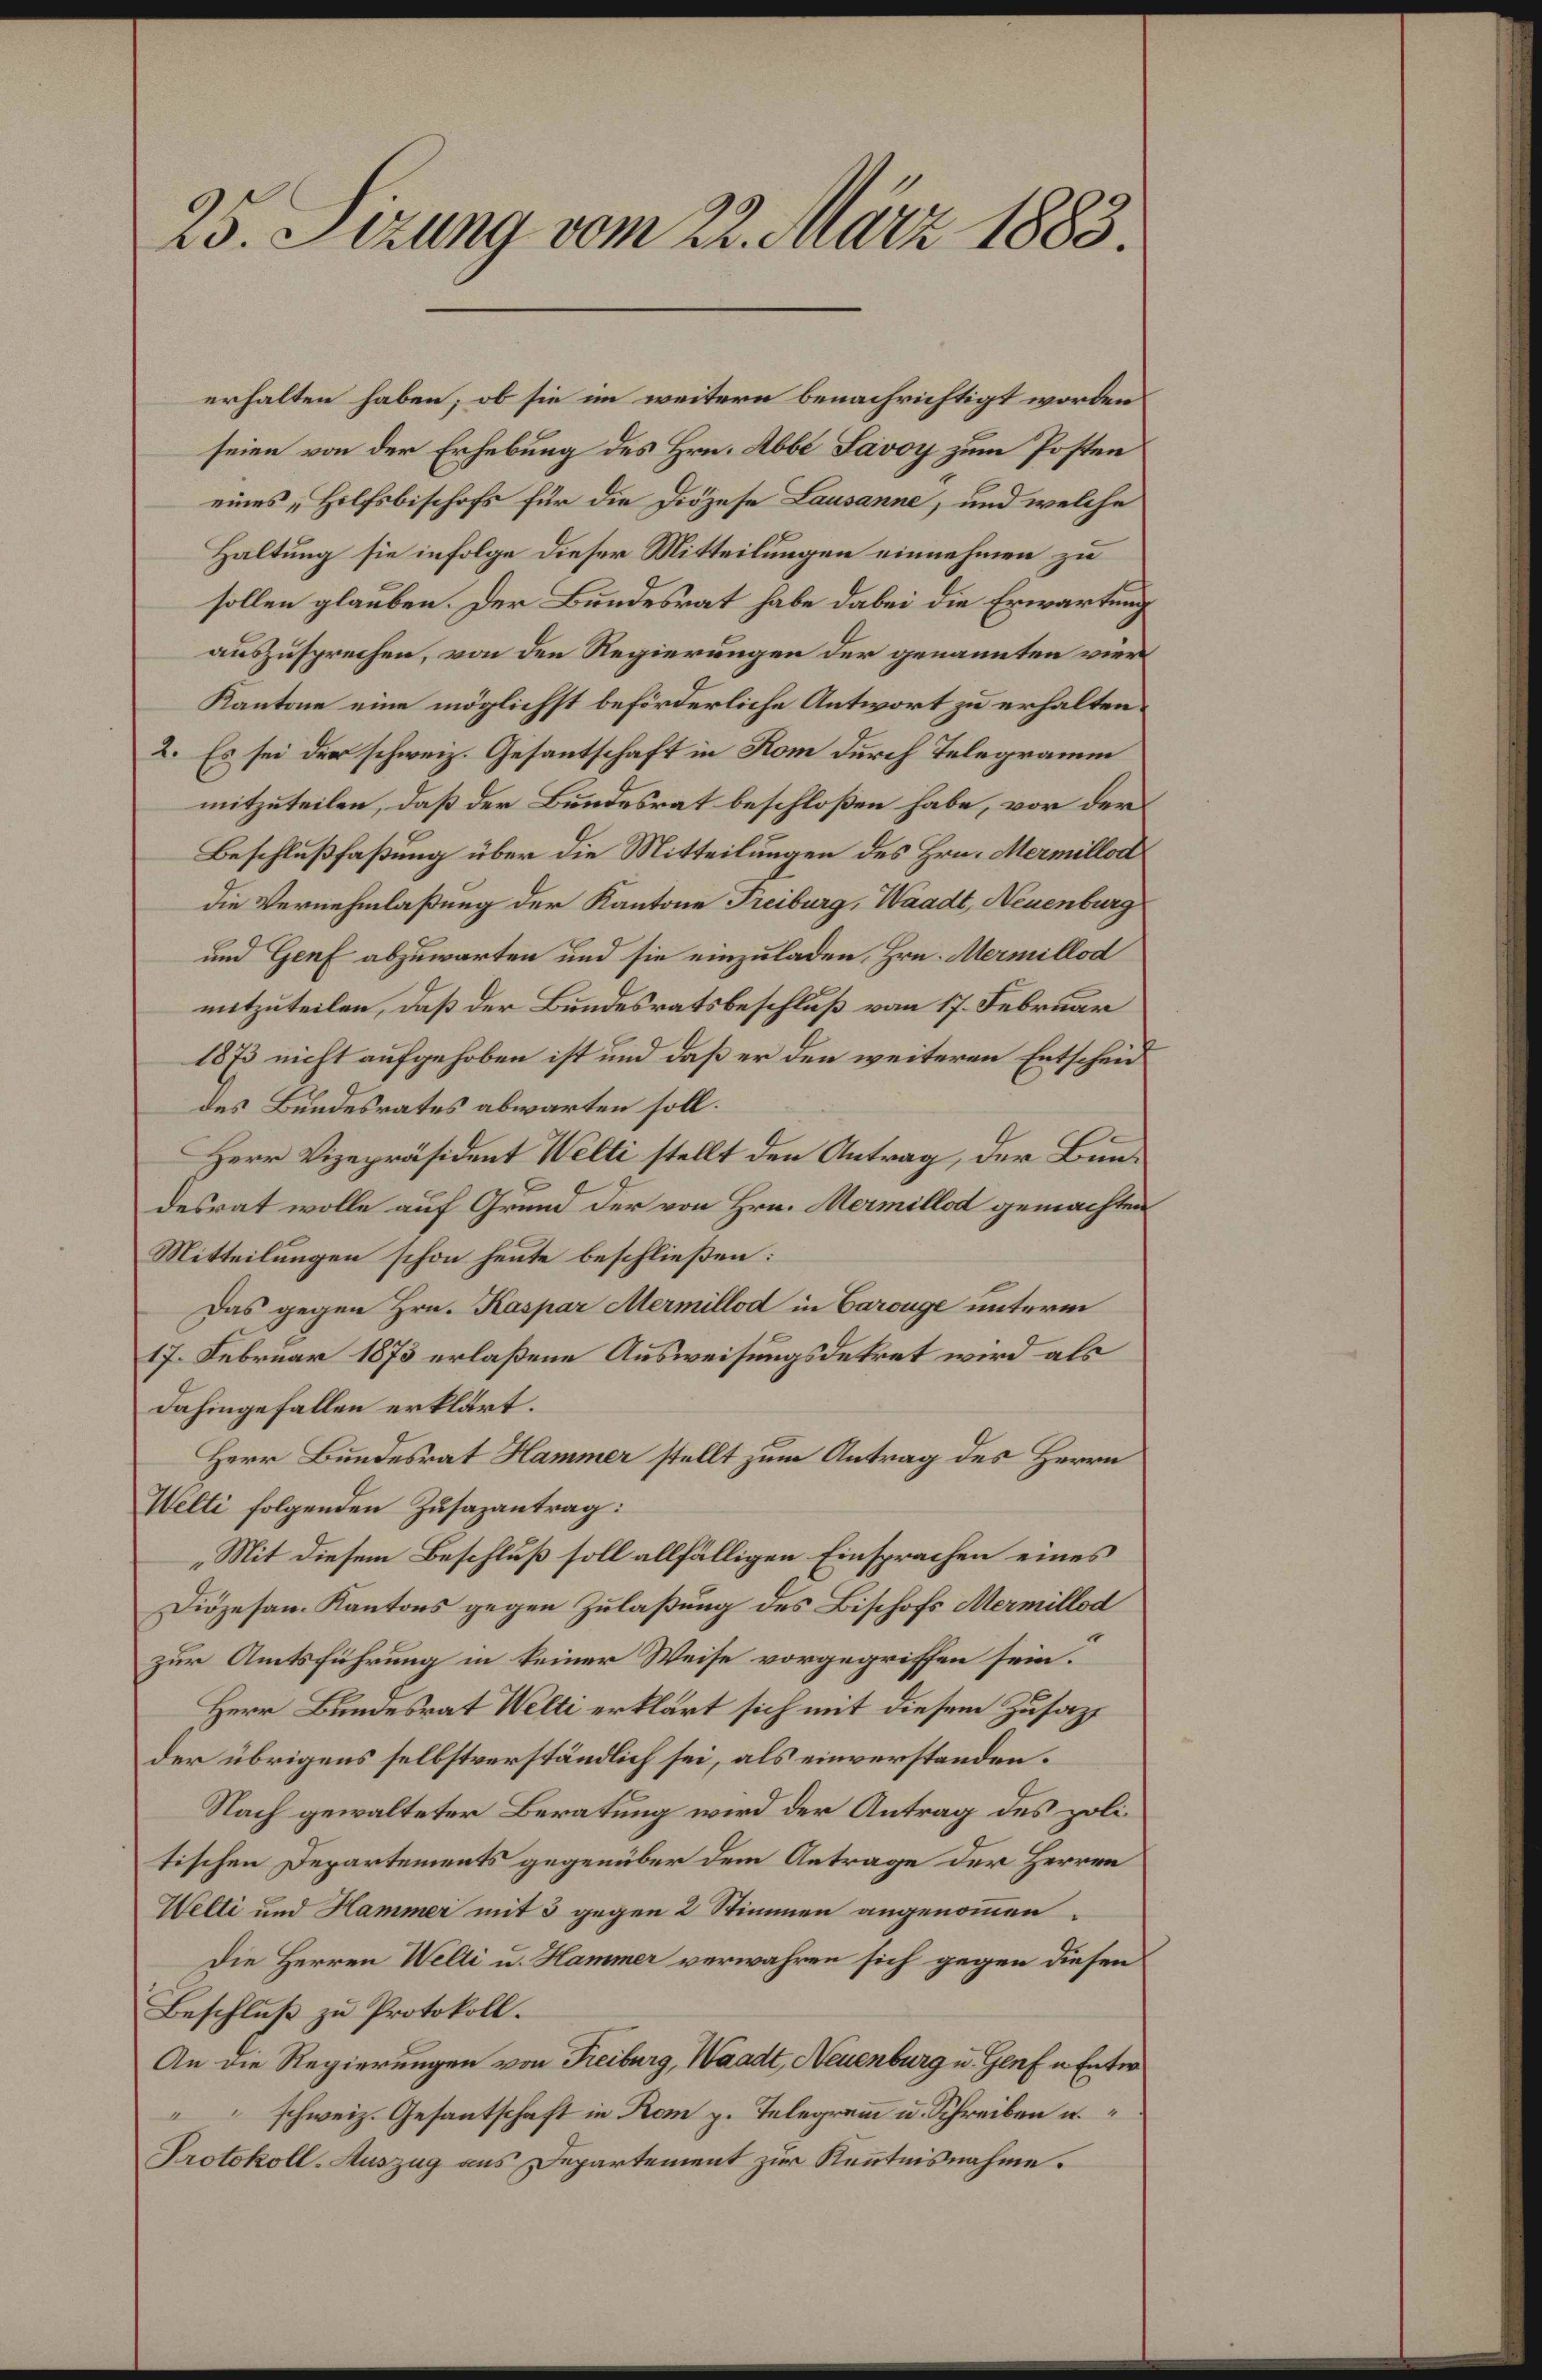
25. Sizung vom 22. März 1883.

erhalten haben; ob sie im weitere benachrichtigt worden
seien von der Erhebung des Hrn. Abbe Savoy zum Posten
eines Hilfsbischofs für die Diözese Lausanne, und welche
Haltung sie infolge dieser Mitteilungen einnehmen zu
sollen glauben. Der Bundesrat habe dabei die Erwartung
auszusprechen, von den Regierungen der genannten vier
Kantone eine möglichst beförderliche Antwort zu erhalten.
2. Es sei der schweiz. Gesantschaft in Rom durch Telegramm
mitzuteilen, daß der Bundesrat beschloßen habe, vor der
Beschlußfaßung über die Mitteilungen des Hrn. Mermillod
die Vernehmlaßung der Kantone Freiburg, Waadt, Neuenburg
und Genf abzuwarten und sie einzuladen, Hrn. Mermillod
mitzuteilen, daß der Bundesratsbeschluß vom 17. Februar
1873 nicht aufgehoben ist und daß er den weiteren Entscheid
des Bundesrates abwarten soll.
Herr Vizepräsident Welti stellt den Antrag, der Bundesrat wolle auf Grund der von Hrn. Mermillod gemachten
Mitteilungen schon heute beschließen:
Das gegen Hrn. Kaspar Mermillod in Carouge unterm
17. Februar 1873 erlaßene Ausweisungsdekret wird als
dahingefallen erklärt.
Herr Bundesrat Hammer stellt zum Antrag des Herrn
Welti folgenden Zusazantrag:
„Mit diesem Beschluß soll allfälligen Einsprachen eines
Diözesan. Kantons gegen Zulaßung des Bischofs Mermillod
zur Amtsführung in keiner Weise vorgegriffen sein.
Herr Bundesrat Welti erklärt sich mit diesem Zusaz
der übrigens selbstverständlich sei, als einverstanden.
Nach gewalteter Beratung wird der Antrag des politischen Departements gegenüber dem Antrage der Herren
Welti und Hammer mit 3 gegen 2 Stimmen angenommen
Die Herren Welti u. Hammer verwahren sich gegen diesen
Beschluß zu Protokoll.
An die Regierungen von Freiburg, Waadt, Neuenburg u. Genf u. Entw
" schweiz. Gesantschaft in Kom p. Telegramm u. Schreiben u.
Protokoll-Auszug aus Departement zur Kenntnisnahme.